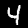
Digit: 4